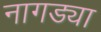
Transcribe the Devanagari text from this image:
नागड्या